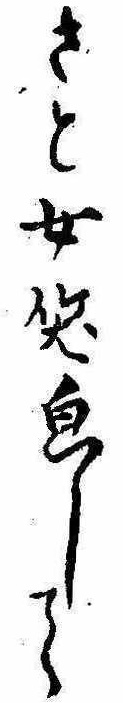
さと女笑して